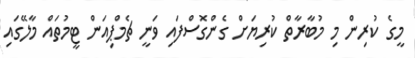
މީގެ ކުރިން މި މުބާރާތް ކުރިޔަށް ގެންގޮސްފައި ވަނީ ޗެމްޕިއަން ޓީމުތައް މާލޭގައި